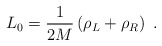
\begin{align*}L_{0}=\frac{1}{2M}\left( \rho _{L}+\rho _{R}\right)\ .\end{align*}